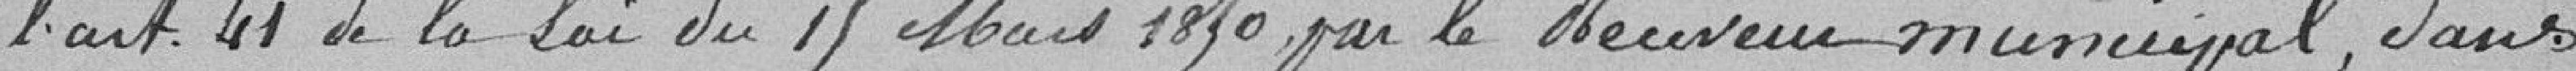
l'art. 41 de la Loi du 15 Mars 1830 par le Receveur municipal  dans